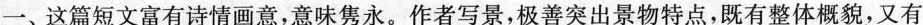
一、这篇短文富有诗情画意，意味隽永。作者写景，极善突出景物特点，既有整体概貌，又有